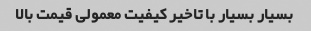
بسیار بسیار با تاخیر کیفیت معمولی قیمت بالا